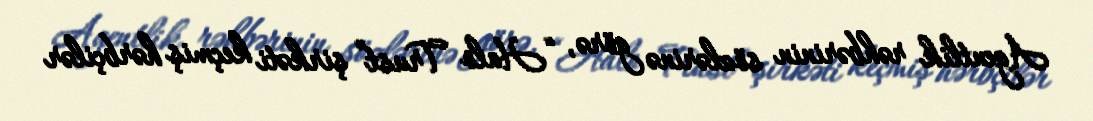
Agentlik rəhbərinin sözlərinə görə, “Halo Trust” şirkəti keçmiş hərbçilər